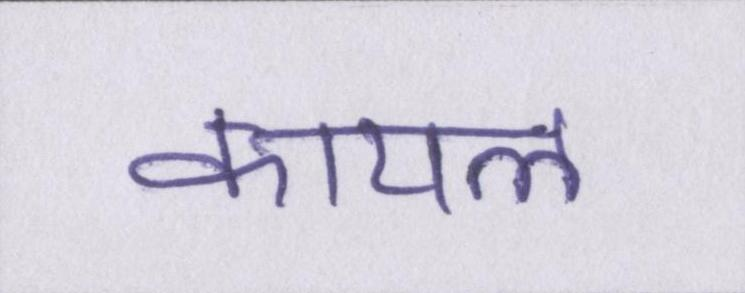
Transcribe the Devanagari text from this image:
कायल